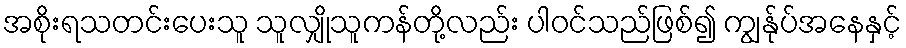
အစိုးရသတင်းပေးသူ သူလျှိုသူကန်တို့လည်း ပါဝင်သည်ဖြစ်၍ ကျွန်ုပ်အနေနှင့်